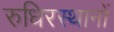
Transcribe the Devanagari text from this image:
रुधिरस्थानों